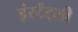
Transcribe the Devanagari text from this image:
इंस्टेंट्ली